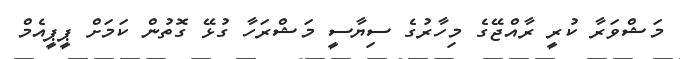
މަޝްވަރާ ކުރީ ރާއްޖޭގެ މިހާރުގެ ސިޔާސީ މަޝްރަހާ ގުޅޭ ގޮތުން ކަމަށް ޕީޕީއެމް